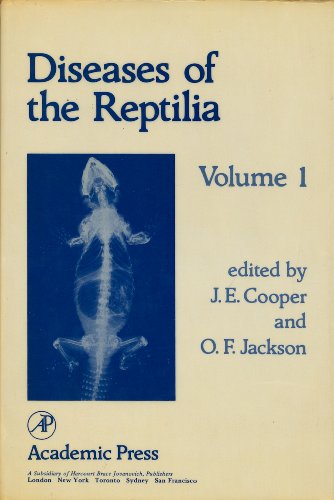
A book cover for Diseases of the Reptilia, Vol. 1; Medical Books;